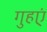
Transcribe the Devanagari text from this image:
गुहएं